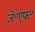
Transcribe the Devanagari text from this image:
जे॰एफ॰